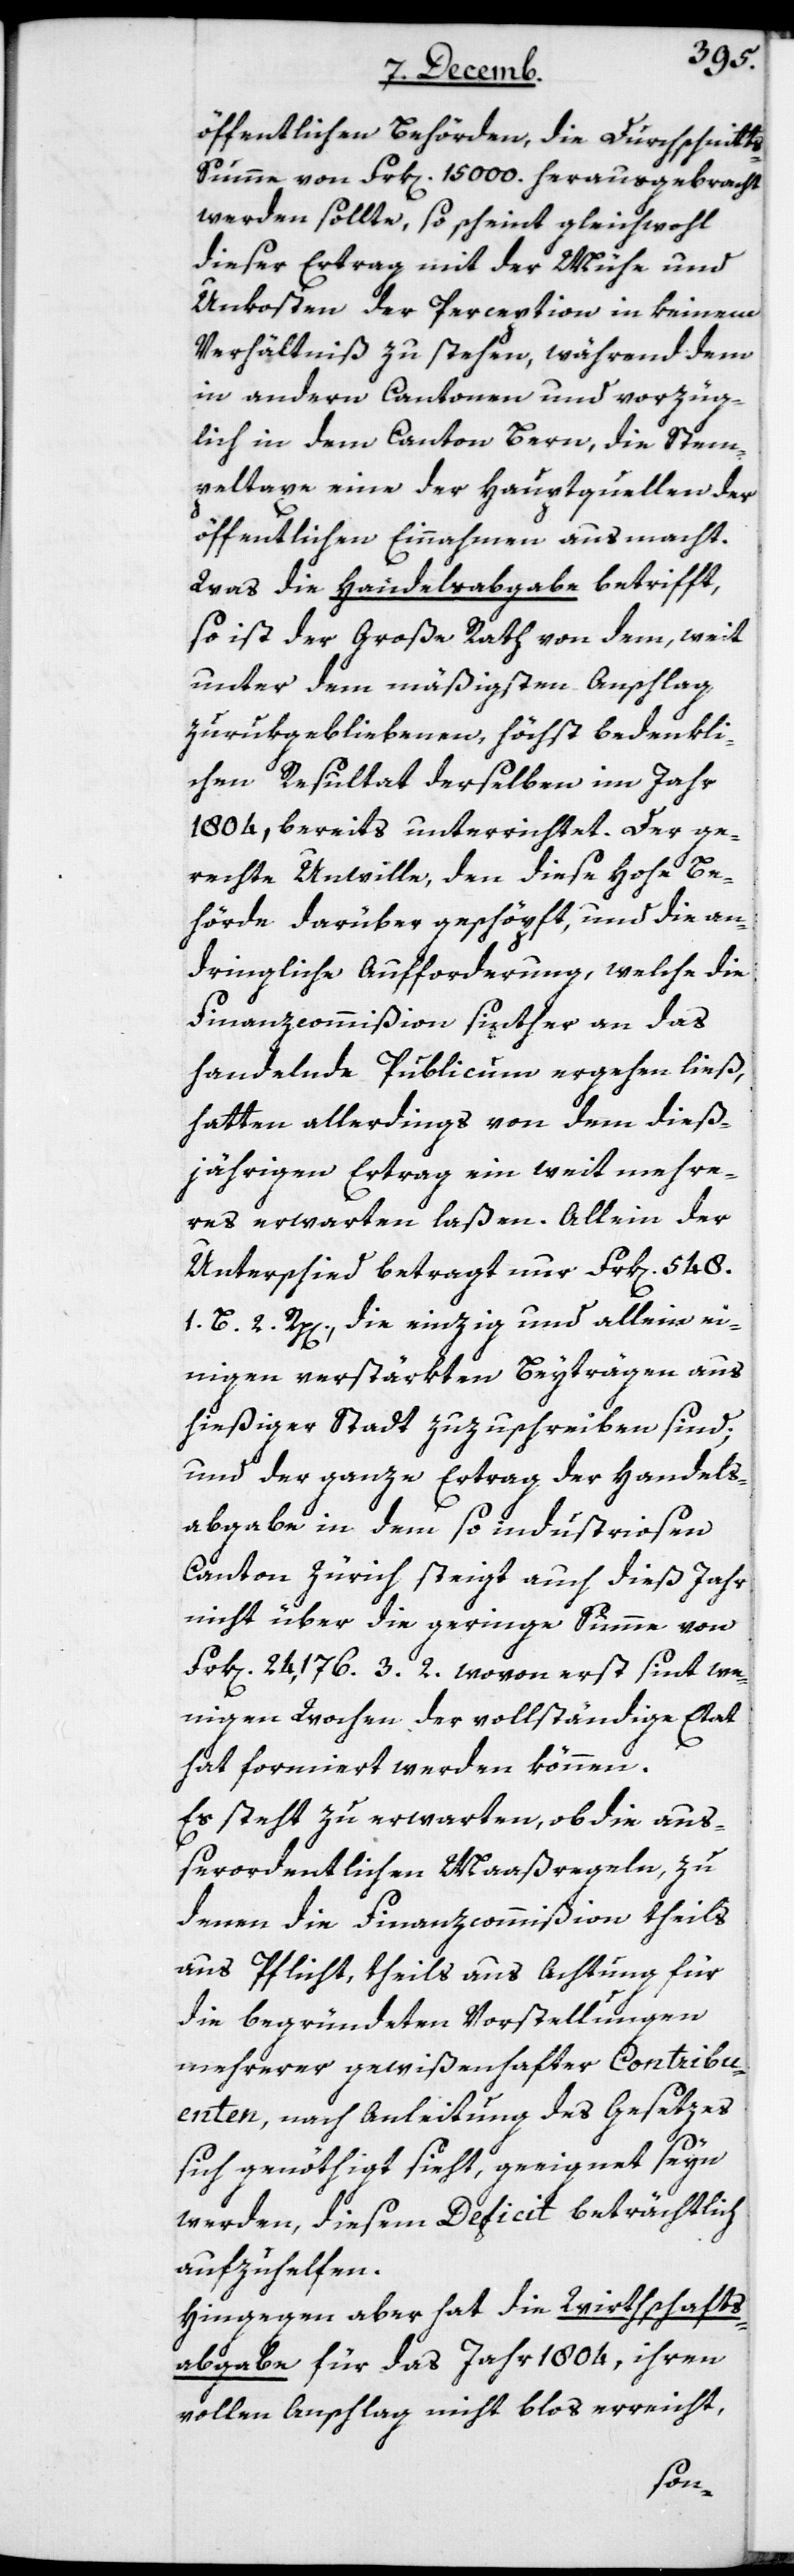
öffentlichen Behörden, die Durchschnitt¬
s-Summe von Frk. 15 000 herausgebracht
werden sollte, so scheint gleichwohl
dieser Ertrag mit der Mühe und
Unkosten der Perception in keinem
Verhältniß zu stehen, während dem
in andern Cantonen und vorzüg¬
lich in dem Canton Bern, die Stem¬
peltaxe eine der Hauptquellen der
öffentlichen Einnahmen ausmacht.
Was die Handelsabgabe betrifft,
so ist der Große Rath von dem, weit
unter dem mäßigsten Anschlag
zurukgebliebenen, höchst bedenkli¬
chen Resultat derselben im Jahr
1804, bereits unterrichtet. Der ge¬
rechte Unwille, den diese hohe Be¬
hörde darüber geschöpft, und die an¬
dringliche Aufforderung, welche die
Finanzcommißion sinther an das
handelnde Publicum ergehen ließ,
hatten allerdings von dem dies¬
jährigen Ertrag ein weit Mehre¬
res erwarten laßen. Allein der
Unterschied betragt nur Frk.[en]
1. B. 2. Rpp[en]., die einzig und allein ei¬
nigen verstärkten Beyträgen aus
hießiger Stadt zuzuschreiben sind;
und der ganze Ertrag der Handels¬
abgabe in dem so industriosen
Canton Zürich steigt auch dieß Jahr
nicht über die geringe Summe von
Frk[en] 24,176. 3. 2. wovon erst sint we¬
nigen Wochen der vollständige Etat
hat formiert werden können.
Es steht zu erwarten, ob die auß¬
erordentlichen Maaßregeln, zu
denen die Finanzcommißion theils
aus Pflicht, theils aus Achtung für
die begründeten Vorstellungen
mehrerer gewißenhafter Contribu¬
enten, nach Anleitung des Gesetzes
sich genöthigt sieht, geeignet seyn
werden, diesem Deficit beträchtlich
aufzuhelfen.
Hingegen aber hat die Wirthschafts¬
abgabe für das Jahr 1804, ihren
vollen Anschlag nicht bloß erreicht,